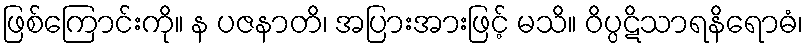
ဖြစ်ကြောင်းကို။ န ပဇနာတိ၊ အပြားအားဖြင့် မသိ။ ဝိပ္ပဋိသာရနိရောဓံ၊